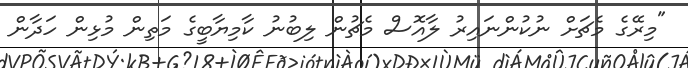
"މިރޭގެ މެޗަށް ނުކުންނައިރު ލާއޮސް މެޗުން ލިބުނު ކާމިޔާބީގެ މަތިން މުޅިން ހަދާން